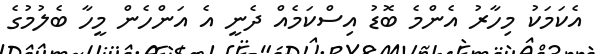
އެކަމަކު މިހާރު އެންމެ ބޮޑު އިސްކަމެއް ދެނީ އެ އަންހެން މީހާ ބެލުމުގެ